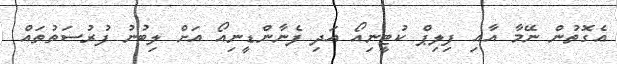
އެގޮތުން ނޭމާ އާއި ފިލިޕް ކުޓީނިއޯ އަދި ފެނާންޑީނިއޯ އަށް ލިބުނު ފުރުސަތުތައް